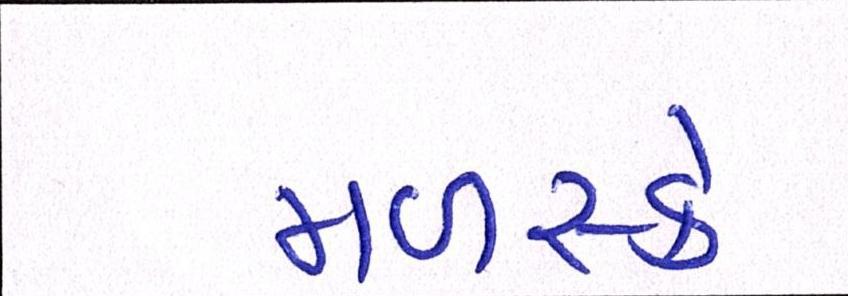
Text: મળસ્કે